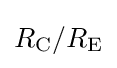
R_{\text{C}}/R_{\text{E}}